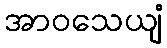
အာဝသေယျံ